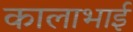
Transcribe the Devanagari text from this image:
कालाभाई